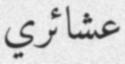
عشائري